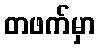
တဖက်မှာ